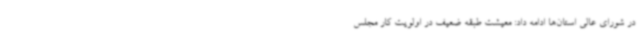
در شورای عالی استان‌ها ادامه داد: معیشت طبقه ضعیف در اولویت کار مجلس